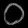
Digit: ၀